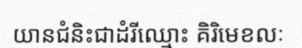
យានជំនិះជាដំរីឈ្មោះ គិរិមេខលៈ